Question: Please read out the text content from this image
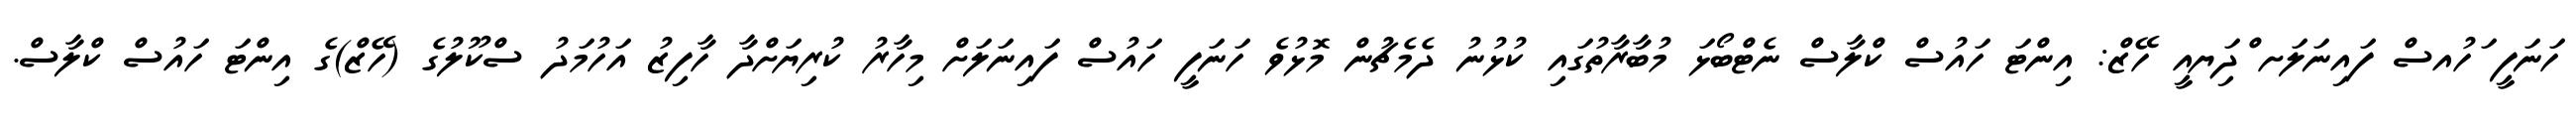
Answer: ހަނަފީ ަހުއސް ފައިނަލަށ ްދިަޔއީ ހޭޒް: އިންޓަ ހައުސް ކްލާސް ނެޓްބޯޅަ މުބާރާތުގައި ކުޅުނު ދެމެޗުން މޮޅުވެ ހަނަފީ ހައުސް ފައިނަލަށް މިހާރު ކުރިޔަށްދާ ހާފިޒު އަހުމަދު ސްކޫލުގެ (ހޭޒް)ގެ އިންޓަ ހައުސް ކްލާސް.